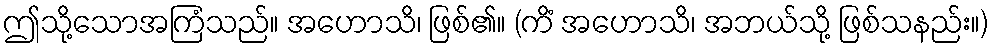
ဤသို့သောအကြံသည်။ အဟောသိ၊ ဖြစ်၏။ (ကိံ အဟောသိ၊ အဘယ်သို့ ဖြစ်သနည်း။)